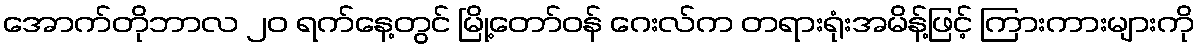
အောက်တိုဘာလ ၂၀ ရက်နေ့တွင် မြို့တော်ဝန် ဂေးလ်က တရားရုံးအမိန့်ဖြင့် ကြားကားများကို